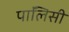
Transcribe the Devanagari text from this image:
पाॅलिसी